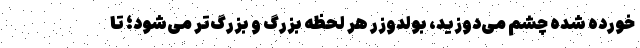
خورده‌ شده چشم می‌دوزید، بولدوزر هر لحظه بزرگ و بزرگ‌تر می‌شود؛ تا